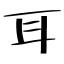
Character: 耳